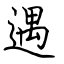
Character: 遇